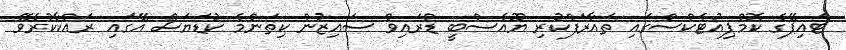
ޓައިޕޭގެ ކޮމްޕިއުޓެކްސްގައި ތައާރަފްކުރި ޔޫއެސްބީ ޑްރައިވް ސައިޒުން ކިތަންމެ ކުޑަޔަސް އޭގައި ރައްކާކުރެވޭ